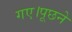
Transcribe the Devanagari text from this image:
गए।पूछने